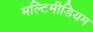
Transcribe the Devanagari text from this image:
मल्टिमीडियम